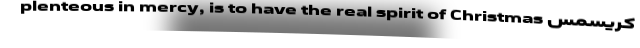
plenteous in mercy, is to have the real spirit of Christmas کریسمس